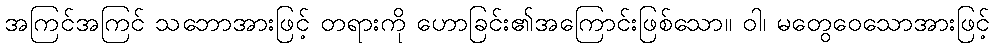
အကြင်အကြင် သဘောအားဖြင့် တရားကို ဟောခြင်း၏အကြောင်းဖြစ်သော။ ဝါ၊ မတွေဝေသောအားဖြင့်